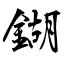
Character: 鍸